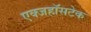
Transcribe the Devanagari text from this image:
एक्जहॉसटेक